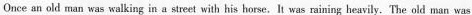
Once an old man was walking in a street with his horse,It was raiting heavily.The old man was